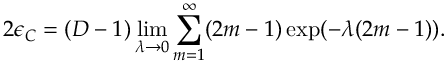
2 \epsilon _ { C } = ( D - 1 ) \operatorname * { l i m } _ { \lambda \to 0 } \sum _ { m = 1 } ^ { \infty } ( 2 m - 1 ) \exp ( - \lambda ( 2 m - 1 ) ) .